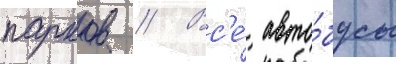
парков // Вс'е́ авто́бусы